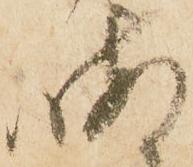
晦